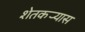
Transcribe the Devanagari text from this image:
शेतकर्‍यास